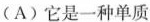
(A) 它是一种单质